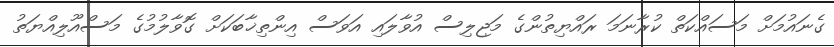
ގެނައުމަށް މަސައްކަތް ކުރާނަމަ ރައްޔިތުންގެ މަޖިލިސް އުވާލައި އަވަސް އިންތިޚާބަކަށް ގޮވާލުމުގެ މަސްއޫލިއްޔަތު